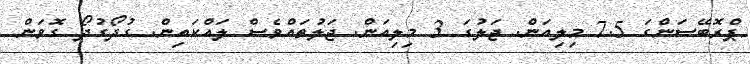
ޕްރޮބޭސަންގަ 7.5 މިލިއަން. ޖަލުގަ 3 މިލިއަން. ޖަލުތައްވެސް ލައްކައިން. ގުދޯގުދޯ ގޮވަން